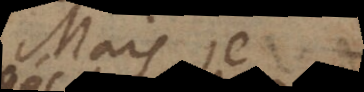
mais je